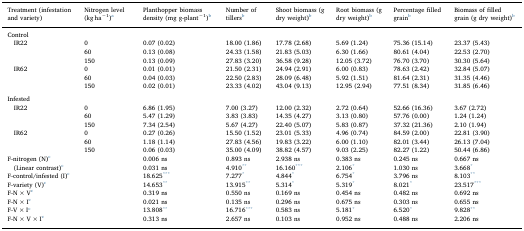
<table><thead><tr><td><b>Treatment (infestation and variety)</b></td><td><b>Nitrogen level (kg ha<sup>−1</sup>)a</b></td><td><b>Planthopper biomass density (mg g-plant<sup>−1</sup>)b</b></td><td><b>Number of tillersb</b></td><td><b>Shoot biomass (g dry weight)b</b></td><td><b>Root biomass (g dry weight)b</b></td><td><b>Percentage filled grainb</b></td><td><b>Biomass of filled grain (g dry weight)b</b></td></tr></thead><tbody><tr><td colspan="8">Control</td></tr><tr><td> IR22</td><td>0</td><td>0.07 (0.02)</td><td>18.00 (1.86)</td><td>17.78 (2.68)</td><td>5.69 (1.24)</td><td>75.36 (15.14)</td><td>23.37 (5.43)</td></tr><tr><td></td><td>60</td><td>0.13 (0.08)</td><td>24.33 (1.58)</td><td>21.83 (5.03)</td><td>6.30 (1.66)</td><td>80.61 (4.04)</td><td>22.53 (2.70)</td></tr><tr><td></td><td>150</td><td>0.13 (0.09)</td><td>27.83 (3.20)</td><td>36.58 (9.28)</td><td>12.05 (3.72)</td><td>76.70 (3.70)</td><td>30.30 (5.64)</td></tr><tr><td> IR62</td><td>0</td><td>0.01 (0.01)</td><td>21.50 (2.31)</td><td>24.94 (2.91)</td><td>6.00 (0.83)</td><td>78.63 (2.42)</td><td>32.84 (5.07)</td></tr><tr><td></td><td>60</td><td>0.04 (0.03)</td><td>22.50 (2.83)</td><td>28.09 (6.48)</td><td>5.92 (1.51)</td><td>81.64 (2.31)</td><td>31.35 (4.46)</td></tr><tr><td></td><td>150</td><td>0.02 (0.01)</td><td>23.33 (4.02)</td><td>43.04 (9.13)</td><td>12.95 (2.94)</td><td>77.51 (8.34)</td><td>31.85 (6.46)</td></tr><tr><td colspan="8">  </td></tr><tr><td colspan="8">Infested</td></tr><tr><td> IR22</td><td>0</td><td>6.86 (1.95)</td><td>7.00 (3.27)</td><td>12.00 (2.32)</td><td>2.72 (0.64)</td><td>52.66 (16.36)</td><td>3.67 (2.72)</td></tr><tr><td></td><td>60</td><td>5.47 (1.29)</td><td>3.83 (3.83)</td><td>14.35 (4.27)</td><td>3.13 (0.80)</td><td>57.76 (0.00)</td><td>1.24 (1.24)</td></tr><tr><td></td><td>150</td><td>7.34 (2.54)</td><td>5.67 (4.27)</td><td>22.40 (5.07)</td><td>5.83 (0.87)</td><td>37.32 (21.36)</td><td>2.10 (1.94)</td></tr><tr><td> IR62</td><td>0</td><td>0.27 (0.26)</td><td>15.50 (1.52)</td><td>23.01 (5.33)</td><td>4.96 (0.74)</td><td>84.59 (2.00)</td><td>22.81 (3.90)</td></tr><tr><td></td><td>60</td><td>1.18 (1.14)</td><td>27.83 (4.56)</td><td>19.83 (3.22)</td><td>6.00 (1.10)</td><td>82.01 (3.44)</td><td>26.13 (7.04)</td></tr><tr><td></td><td>150</td><td>0.06 (0.03)</td><td>35.00 (4.09)</td><td>38.82 (4.57)</td><td>9.03 (2.25)</td><td>82.27 (1.22)</td><td>50.44 (6.86)</td></tr><tr><td>F-nitrogen (N)c</td><td></td><td>0.006 ns</td><td>0.893 ns</td><td>2.938 ns</td><td>0.383 ns</td><td>0.245 ns</td><td>0.667 ns</td></tr><tr><td> (Linear contrast)c</td><td></td><td>0.031 ns</td><td>4.910**</td><td>16.160***</td><td>2.106*</td><td>1.030 ns</td><td>3.668*</td></tr><tr><td>F-control/infested (I)c</td><td></td><td>18.625***</td><td>7.277*</td><td>4.844*</td><td>6.754*</td><td>3.796 ns</td><td>8.103**</td></tr><tr><td>F-variety (V)c</td><td></td><td>14.653**</td><td>13.915**</td><td>5.314*</td><td>5.319*</td><td>8.021*</td><td>23.517***</td></tr><tr><td>F-N × Vc</td><td></td><td>0.319 ns</td><td>0.550 ns</td><td>0.169 ns</td><td>0.454 ns</td><td>0.482 ns</td><td>0.692 ns</td></tr><tr><td>F-N × Ic</td><td></td><td>0.021 ns</td><td>0.135 ns</td><td>0.296 ns</td><td>0.675 ns</td><td>0.303 ns</td><td>0.655 ns</td></tr><tr><td>F-V × Ic</td><td></td><td>13.808**</td><td>16.716***</td><td>0.583 ns</td><td>5.181*</td><td>6.520*</td><td>9.828**</td></tr><tr><td>F-N × V × Ic</td><td></td><td>0.313 ns</td><td>2.657 ns</td><td>0.103 ns</td><td>0.952 ns</td><td>0.488 ns</td><td>2.206 ns</td></tr></tbody></table>